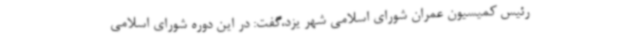
رئیس کمیسیون عمران شورای اسلامی شهر یزد،‌گفت: در این دوره شورای اسلامی